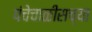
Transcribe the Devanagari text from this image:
पंचेचाळीसच्या